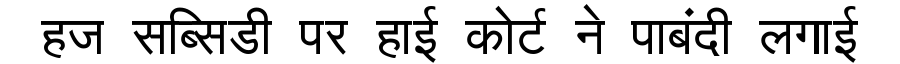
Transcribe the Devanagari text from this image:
हज सब्सिडी पर हाई कोर्ट ने पाबंदी लगाई